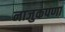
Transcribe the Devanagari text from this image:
नाजुकपणा